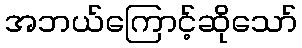
အဘယ်ကြောင့်ဆိုသော်